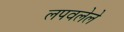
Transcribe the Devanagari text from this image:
लपवलेले